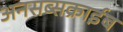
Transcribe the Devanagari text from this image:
अनसब्सक्राईब